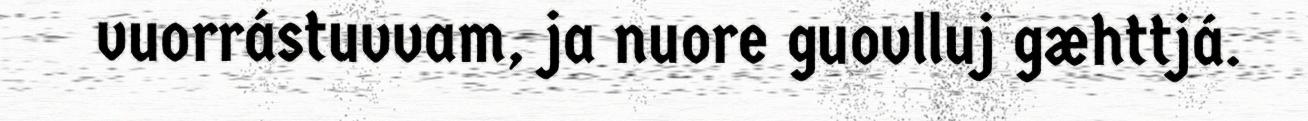
vuorrástuvvam, ja nuore guovlluj gæhttjá.